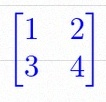
\begin{bmatrix}1&2\\3&4\end{bmatrix}